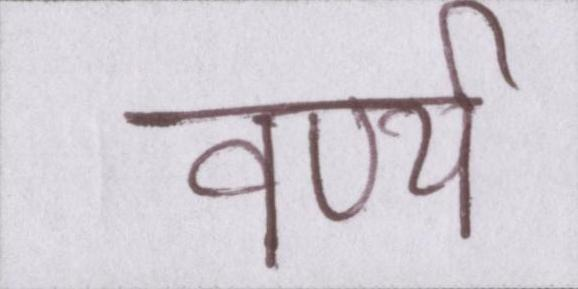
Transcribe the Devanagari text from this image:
वर्ण्य